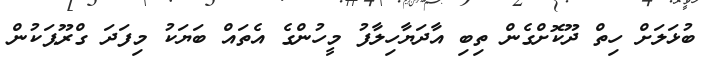
ބުޅަލަށް ހިތް ދޫކޮށްގެން ތިބި އާދަޔާހިލާފު މީހުންގެ އެތައް ބަޔަކު މިފަދަ ގްރޫޕަކުން